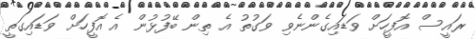
ރައީސް އޮފީހަށް ވަޑައިގެންނެވި ވަގުތު އެ ތިން ބޭފުޅުން އެ އޮފީހަށް ވަޑައިގަތީ